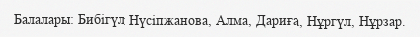
Балалары: Бибігүл Нүсіпжанова, Алма, Дариға, Нұргүл, Нұрзар.